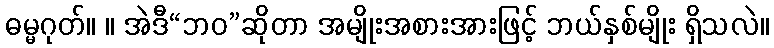
ဓမ္မဂုတ်။ ။ အဲဒီ“ဘဝ”ဆိုတာ အမျိုးအစားအားဖြင့် ဘယ်နှစ်မျိုး ရှိသလဲ။